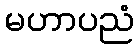
မဟာပညံ